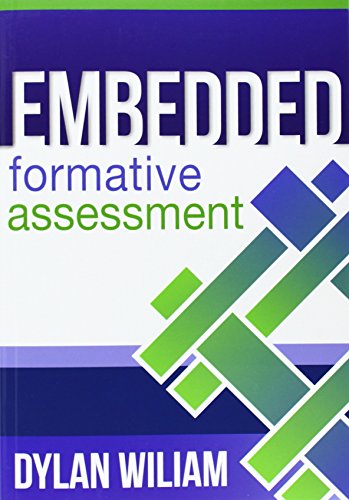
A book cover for Embedded Formative Assessment - practical strategies and tools for K-12 teachers; Dylan Wiliam; Education & Teaching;